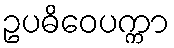
ဥပဓိဝေပက္ကာ